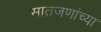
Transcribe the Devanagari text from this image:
सातजणांच्या